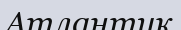
Атлантик